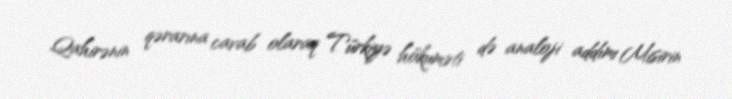
Qahirənin qərarına cavab olaraq Türkiyə hökuməti də analoji addımı Misirin